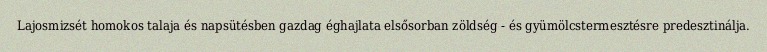
Lajosmizsét homokos talaja és napsütésben gazdag éghajlata elsősorban zöldség - és gyümölcstermesztésre predesztinálja.